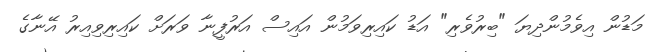
މަޑުން އިވެމުންދިޔަ "ބިރުވެރި" އަޑު ކައިރިވަމުން އައިސް އަރުފީނާ ވަރަށް ކައިރިވިއިރު އޭނާގެ